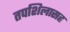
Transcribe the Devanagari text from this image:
तपशिलासह